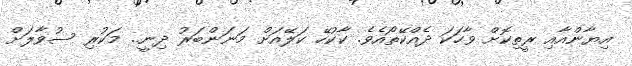
އިޔާންއާއި ރީތިކޮށް ވާހަަކަ ދެއްކޭތޯއެވެ. ކާކުހޭ ކަލޭއަށް މަނަންބަރު ދިނީ.. މަކުރި ސުވާލަށް